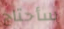
سأحتاج